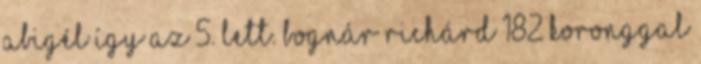
Abigél így az 5. lett. Bognár Richárd 182 koronggal